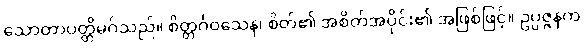
သောတာပတ္တိမဂ်သည်။ စိတ္တင်္ဂဝသေန၊ စိတ်၏ အစိတ်အပိုင်း၏ အဖြစ်ဖြင့်။ ဥပ္ပဇ္ဇနက